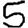
Digit: 5